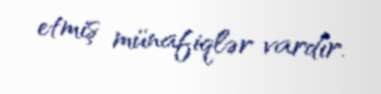
etmiş münafiqlər vardır.